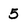
Character: 5